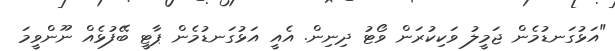
"އަޅުގަނޑުމެން ޖަމީލު ވަކިކުރަން ވޯޓު ދިނިން. އެއީ އަޅުގަނޑުމެން ޕާޓީ ބޭފުޅެއް ނޫންވީމަ